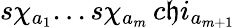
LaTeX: s\chi_{a_{1}}...s\chi_{a_{m}}\, c\mathfrak{h}i_{a_{m+1}}